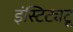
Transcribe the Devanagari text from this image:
इंस्टिट्यटू